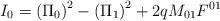
LaTeX: \begin{align*}I_0=\left( \Pi _0\right) ^2-\left( \Pi _1\right) ^2+2qM_{01}F^{01} \end{align*}